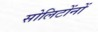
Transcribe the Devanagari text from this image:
सोलिटोंनों